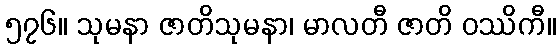
၅၇၆။ သုမနာ ဇာတိသုမနာ၊ မာလတီ ဇာတိ ဝဿိကီ။